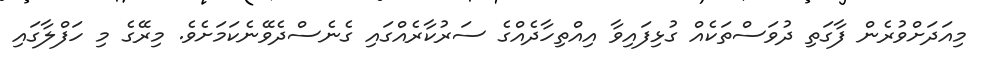
މިއަދަށްވުރެން ފާގަތި ދުވަސްތަކެއް ގުޅިފައިވާ އިއްތިހާދެއްގެ ސަރުކާރެއްގައި ގެނެސްދެވޭނެކަމަށެވެ. މިރޭގެ މި ހަފްލާގައި